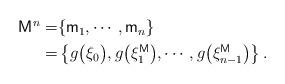
LaTeX: \begin{align*}\begin{aligned}\mathsf{M}^n=&\{\mathsf{m}_1,\cdots,\mathsf{m}_n\}\\=&\left\{g\bigl(\xi_0\bigr),g\bigl(\xi_1^{\mathsf{M}}\bigr),\cdots,g\bigl(\xi_{n-1}^{\mathsf{M}}\bigr)\right\}.\end{aligned}\end{align*}